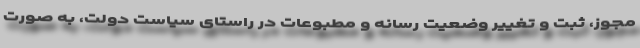
مجوز، ثبت و تغییر وضعیت رسانه و مطبوعات در راستای سیاست دولت، به صورت